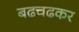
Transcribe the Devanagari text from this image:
बढचढकर